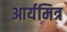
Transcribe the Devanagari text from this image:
आर्यमित्र